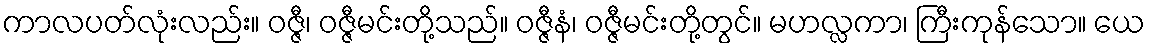
ကာလပတ်လုံးလည်း။ ဝဇ္ဇီ၊ ဝဇ္ဇီမင်းတို့သည်။ ဝဇ္ဇီနံ၊ ဝဇ္ဇီမင်းတို့တွင်။ မဟလ္လကာ၊ ကြီးကုန်သော။ ယေ